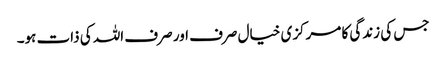
جس کی زندگی کا مرکزی خیال صرف اور صرف اللہ کی ذات ہو۔